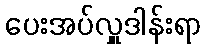
ပေးအပ်လှူဒါန်းရာ